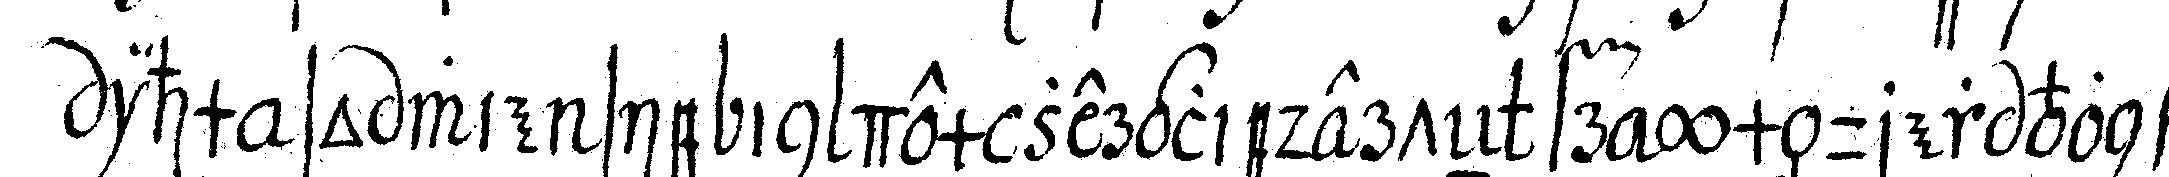
ihm so wie sie in dem zergliederteN freymäurer von